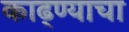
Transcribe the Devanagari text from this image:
काढ्ण्याचा